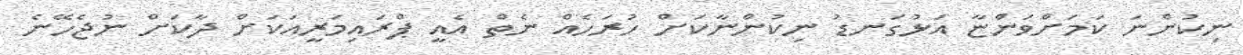
ނިކުންނަ ކަމަށްވަންޏާ އަޅުގަނޑު ނިކުންނާކަށް ހުރަހެއް ނެތް އެއީ ޕްރައިމަރީއަކަށް ދާކަށް ނުޖެހޭނެ